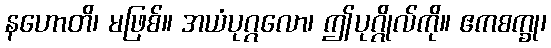
နဟောတိ၊ မဖြစ်။ အယံပုဂ္ဂလော၊ ဤပုဂ္ဂိုလ်ကို။ ဧကစက္ခု၊